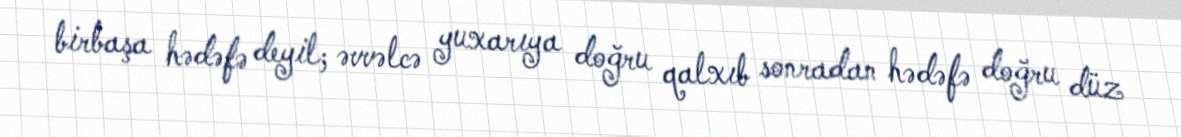
birbaşa hədəfə deyil; əvvəlcə yuxarıya doğru qalxıb sonradan hədəfə doğru düz